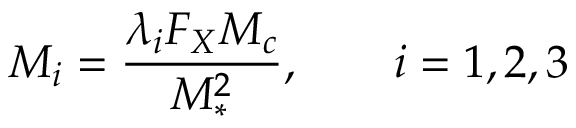
M _ { i } = \frac { \lambda _ { i } F _ { X } M _ { c } } { M _ { * } ^ { 2 } } , \qquad i = 1 , 2 , 3